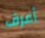
أعرف